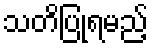
သတိပြုရမည့်